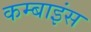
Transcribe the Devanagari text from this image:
कम्बाइंस